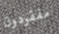
مفقودون